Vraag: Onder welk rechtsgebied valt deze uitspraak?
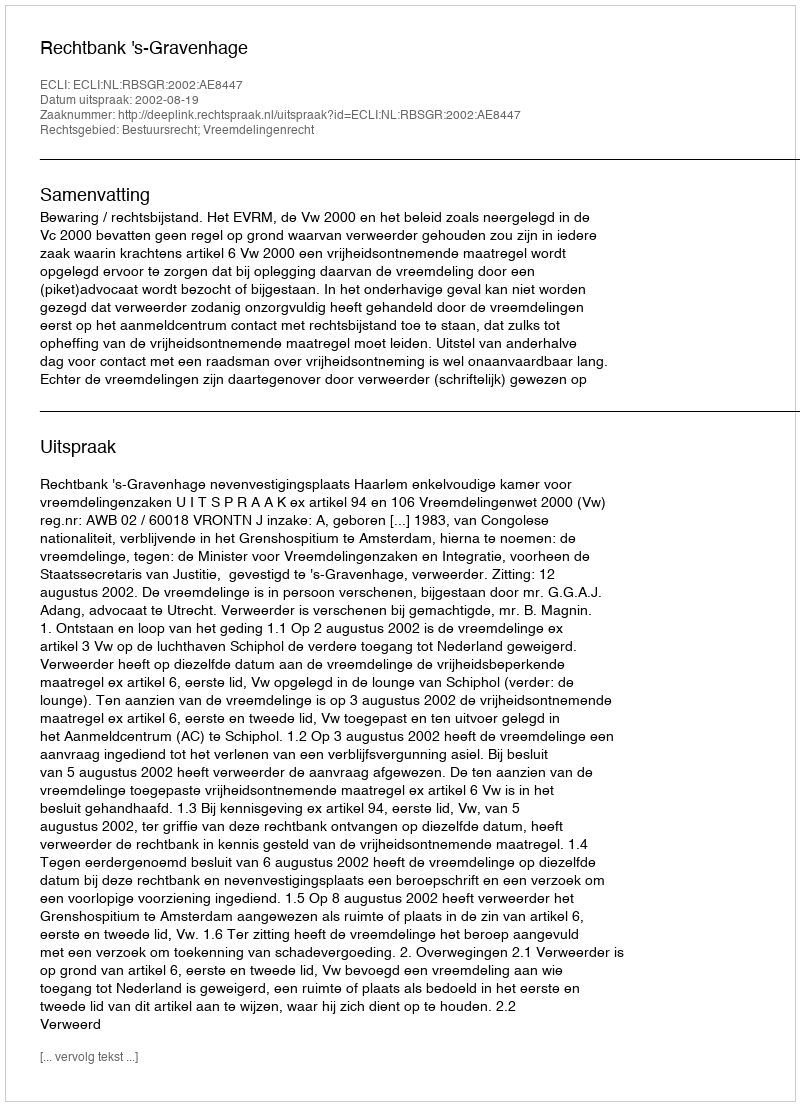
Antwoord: Bestuursrecht; Vreemdelingenrecht